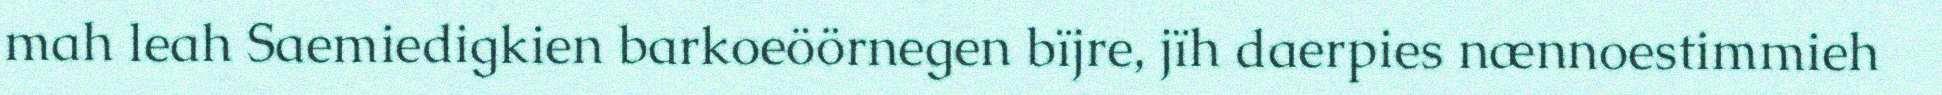
mah leah Saemiedigkien barkoeöörnegen bïjre, jïh daerpies nænnoestimmieh